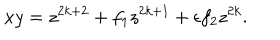
x y = z ^ { 2 k + 2 } + f _ { 1 } z ^ { 2 k + 1 } + \epsilon f _ { 2 } z ^ { 2 k } .